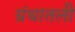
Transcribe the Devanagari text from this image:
ग्रंथातली